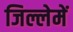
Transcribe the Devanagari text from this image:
जिल्लेमें